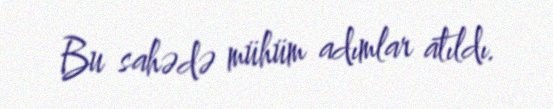
Bu sahədə mühüm adımlar atıldı.